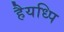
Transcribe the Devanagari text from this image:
हैयध्पि